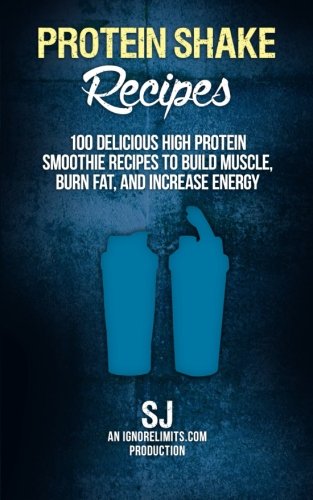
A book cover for Protein Shake Recipes: 100 Delicious High Protein Smoothie Recipes to Build Muscle, Burn Fat & Increase Energy; S J; Cookbooks, Food & Wine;